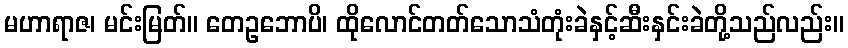
မဟာရာဇ၊ မင်းမြတ်။ တေဥဘောပိ၊ ထိုလောင်တတ်သောသံတုံးခဲနှင့်ဆီးနှင်းခဲတို့သည်လည်း။